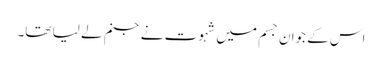
اس کے جوان جسم میں شہوت نے جنم لے لیا تھا۔